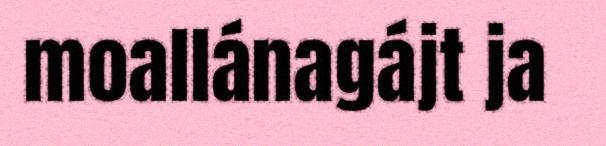
moallánagájt ja